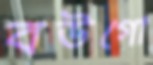
বউগো